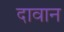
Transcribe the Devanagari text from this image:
दावान